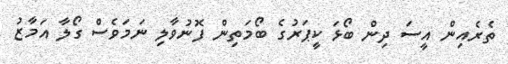
ތެރެއިން އީސަ ދިން ބޯޅަ ކީޕަރުގެ ބޯމަތިން ފޮނުވާލި ނަމަވެސް ގޯލާ އަމާޒު